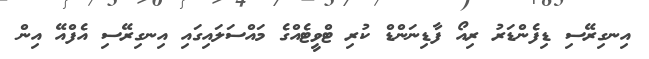
އިނގިރޭސި ޑިފެންޑަރު ރިއޯ ފާޑިނަންޑް ކުރި ޓްވީޓެއްގެ މައްސަލައިގައި އިނގިރޭސި އެފްއޭ އިން